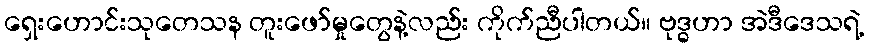
ရှေးဟောင်းသုတေသန တူးဖော်မှုတွေနဲ့လည်း ကိုက်ညီပါတယ်။ ဗုဒ္ဓဟာ အဲဒီဒေသရဲ့